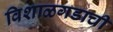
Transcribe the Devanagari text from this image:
विशाळगडाची